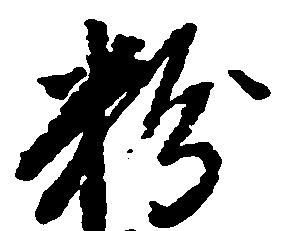
粉